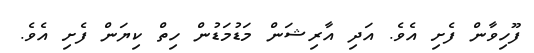
ފޫހިވާން ފެށި އެވެ. އަދި އާރިޝަން މަޑުމަޑުން ހިތް ކިޔަން ފެށި އެވެ.